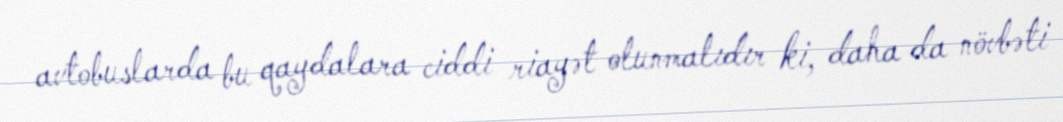
avtobuslarda bu qaydalara ciddi riayət olunmalıdır ki, daha da növbəti